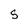
Character: 5